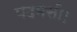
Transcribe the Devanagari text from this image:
पदमसी।